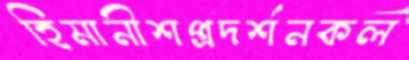
হিমানীশপ্রদর্শনকল